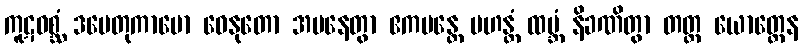
ကူဋဝစ္ဆံ ဒမေတုကာမော ဓေနုတော အပနေတွာ ဧကမန္တေ မဟန္တံ ထမ္ဘံ နိခဏိတွာ တတ္ထ ယောတ္တေန